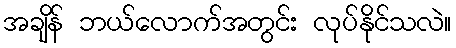
အချိန် ဘယ်လောက်အတွင်း လုပ်နိုင်သလဲ။